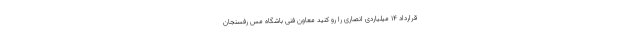
قرارداد 14 میلیاردی انصاری را رو کُنید معاون فنی باشگاه مس رفسنجان